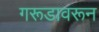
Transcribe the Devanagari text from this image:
गरूडावरून